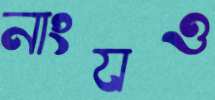
নাংযও